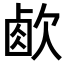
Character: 𣣧